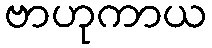
ဗာဟုကာယ